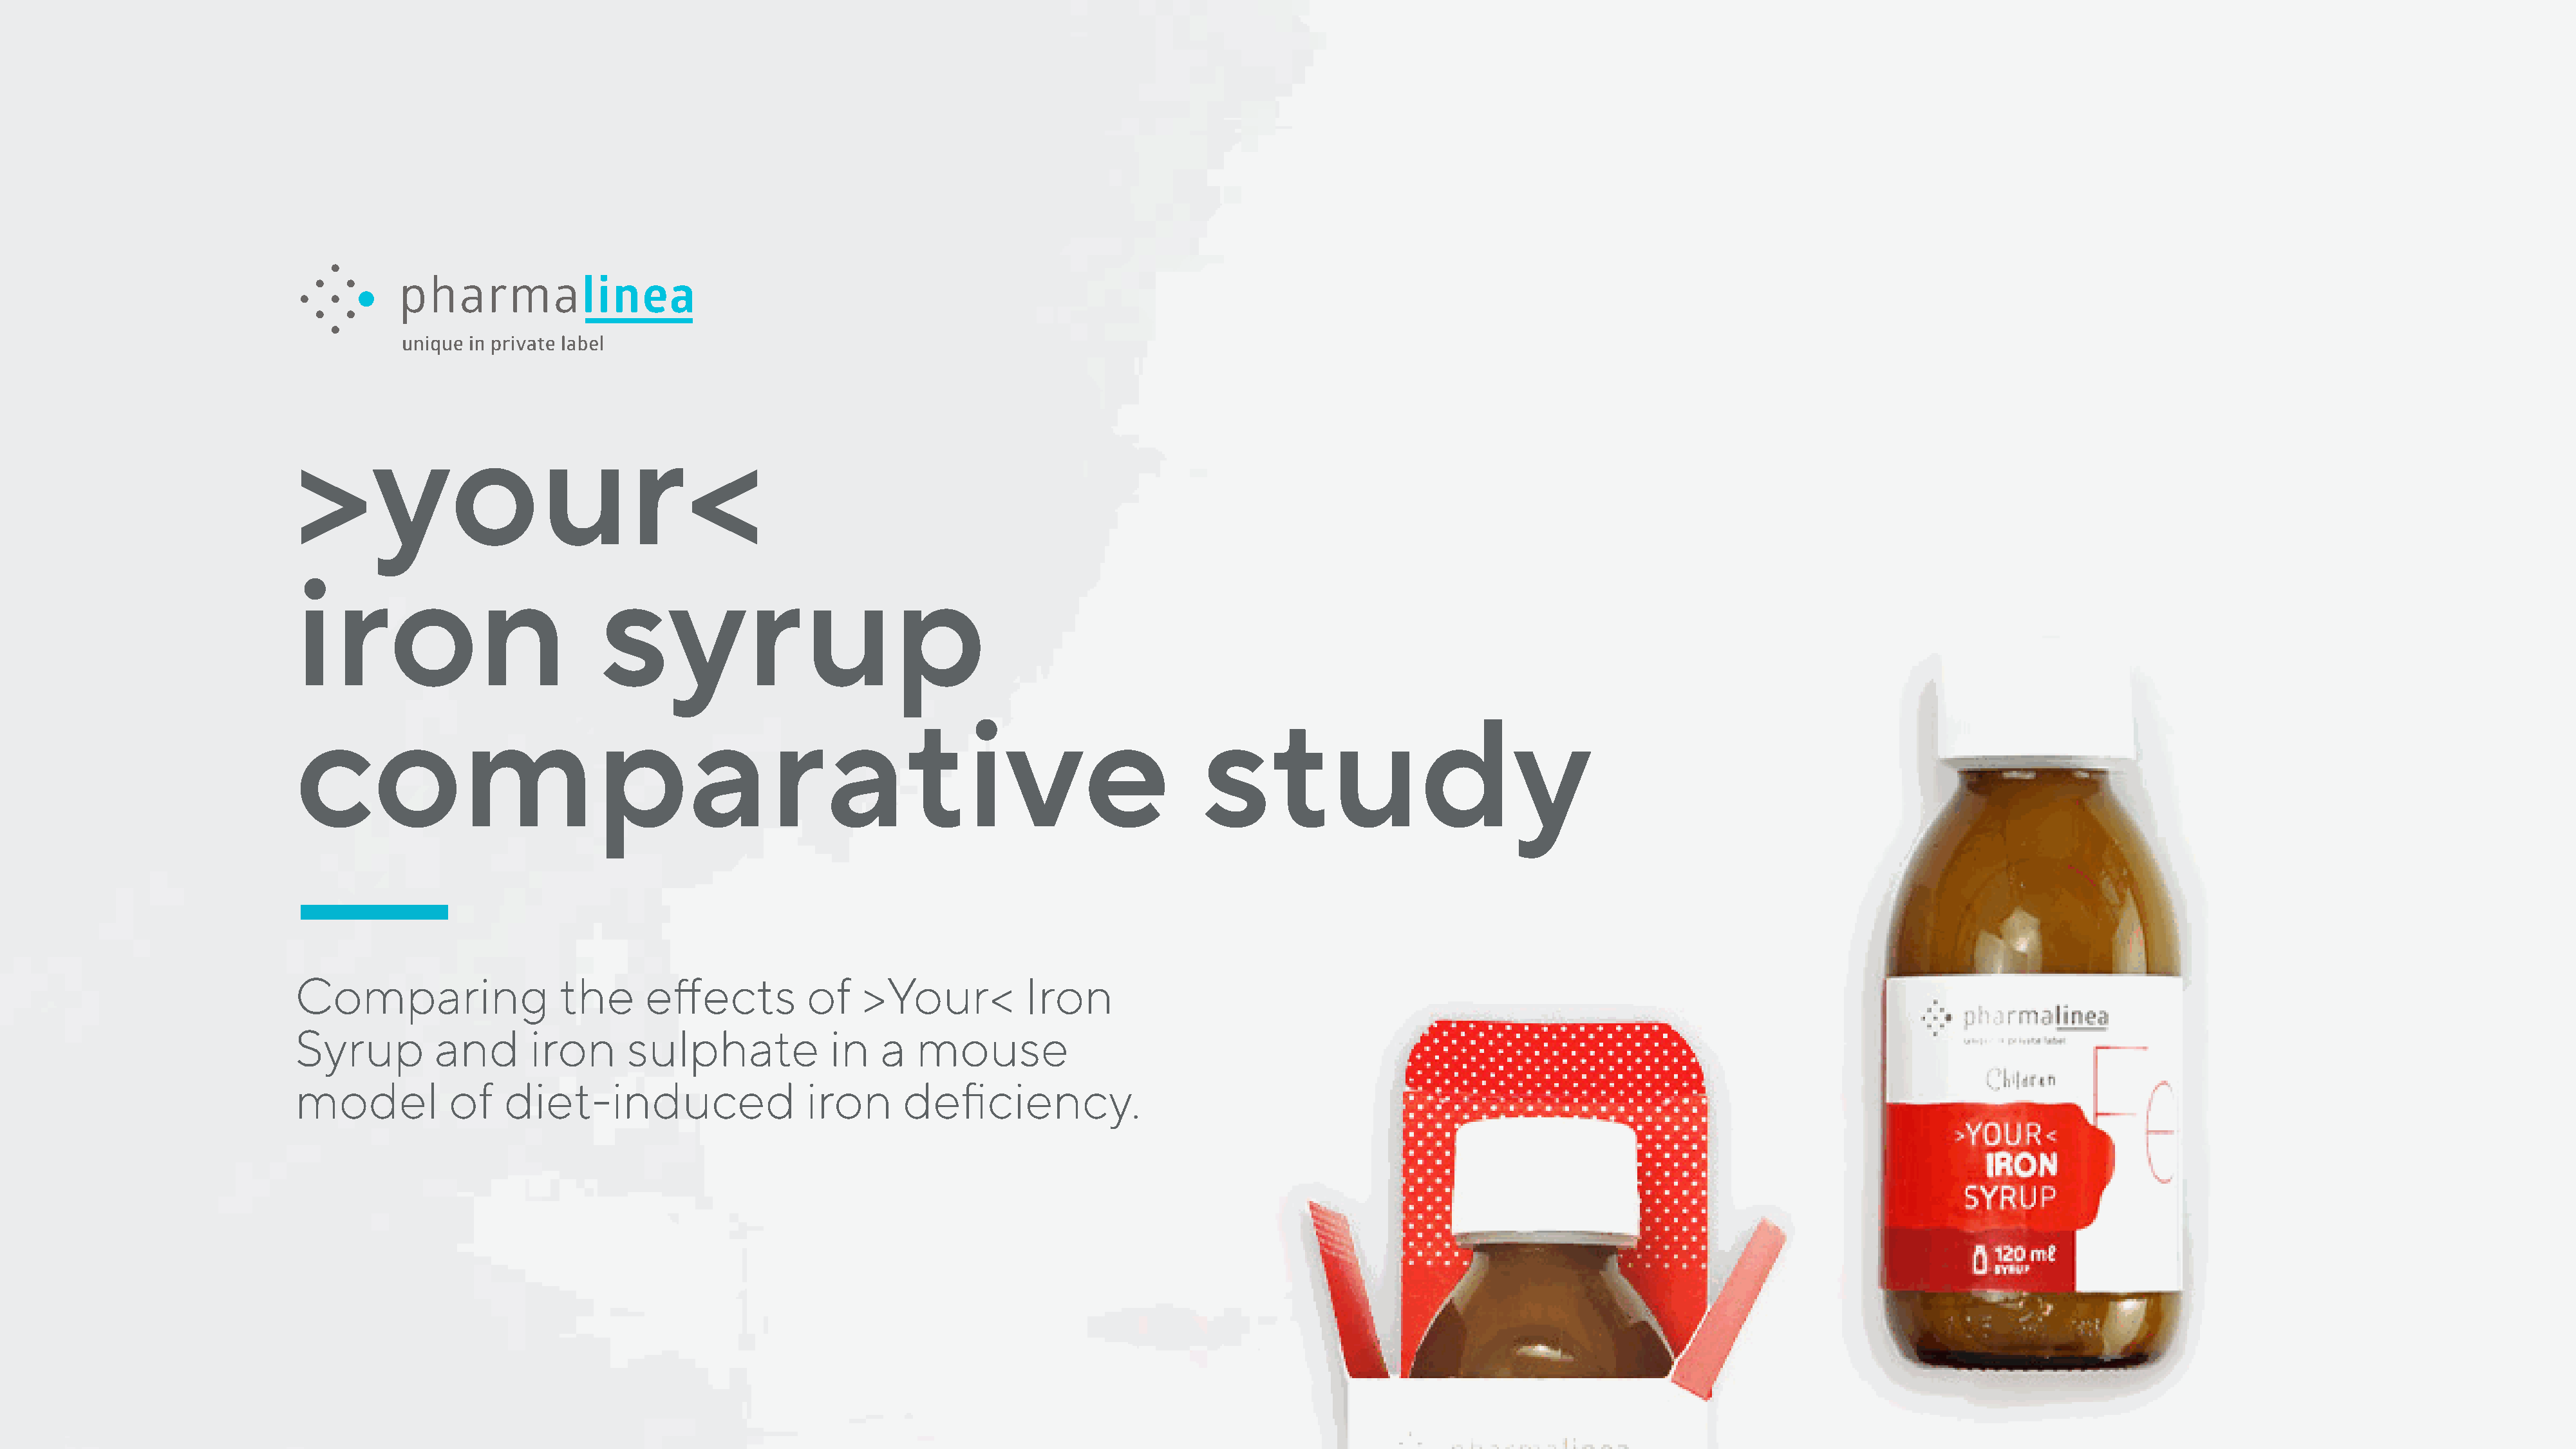
>your<
 iron                            syrup
 comparative                                                                                   study
 Comparing                   the     effects          of    >Your<          Iron
 Syrup          and      iron      sulphate             in   a   mouse
 model           of    diet-induced                   iron      deficiency.